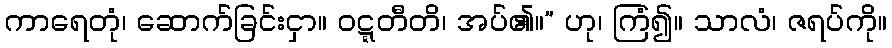
ကာရေတုံ၊ ဆောက်ခြင်းငှာ။ ဝဋ္ဋတီတိ၊ အပ်၏။” ဟု၊ ကြံ၍။ သာလံ၊ ဇရပ်ကို။